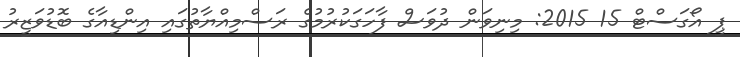
ޕީ އޯގަސްޓް 15 2015: މިނިވަން ދުވަސް ފާހަގަކުރުމުގެ ރަސްމިއްޔާތުގައި އިންޑިއާގެ ބޮޑުވަޒީރު